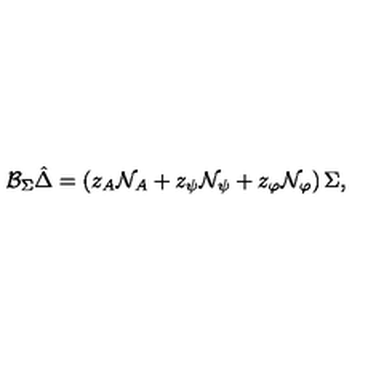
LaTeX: { { \cal B } _ { \Sigma } } \hat { \Delta } = \left( z _ { A } { \cal N } _ { A } + z _ { \psi } { \cal N } _ { \psi } + z _ { \varphi } { \cal N } _ { \varphi } \right) \Sigma ,